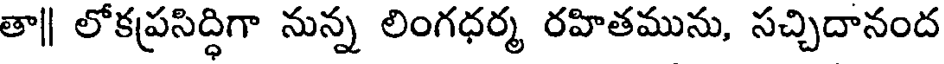
తా|| లోకప్రసిద్ధిగా నున్న లింగధర్మ రహితమును, సచ్చిదానంద